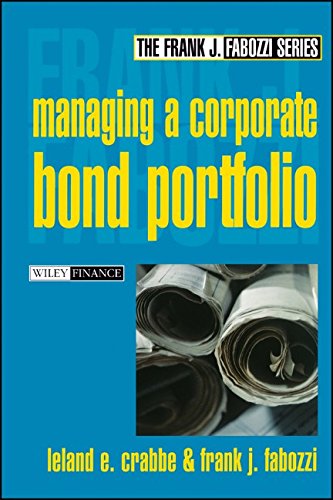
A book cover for Managing a Corporate Bond Portfolio; Leland E. Crabbe; Business & Money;